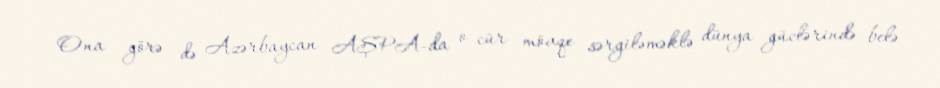
Ona görə də Azərbaycan AŞPA-da o cür mövqe sərgiləməklə dünya güclərində belə